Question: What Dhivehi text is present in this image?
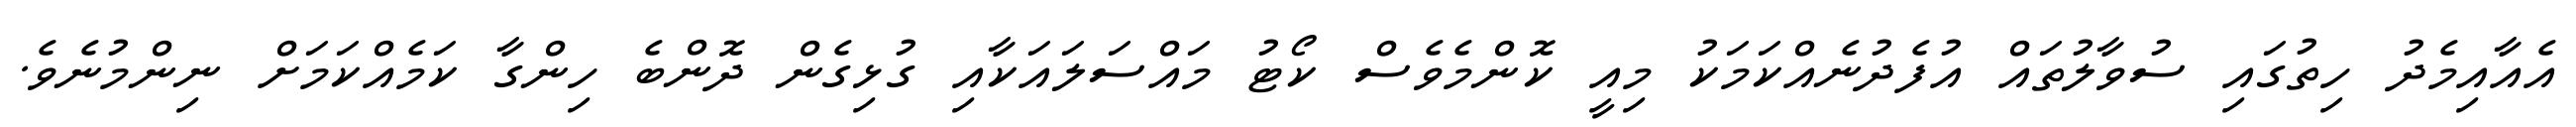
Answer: އެއާއިމެދު ހިތުގައި ސުވާލުތައް އުފެދުނެއްކަމަކު މިއީ ކޮންމެވެސް ކޯޓު މައްސަލައަކާއި ގުޅިގެން ދޮންބެ ހިންގާ ކަމެއްކަމަށް ނިންމުނެވެ.